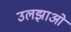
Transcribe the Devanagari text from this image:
उलझाओ